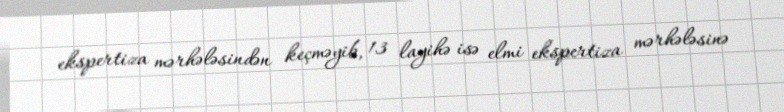
ekspertiza mərhələsindən keçməyib, 13 layihə isə elmi ekspertiza mərhələsinə